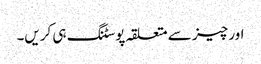
اور چیز سے متعلقہ پوسٹنگ ہی کریں۔